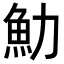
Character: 𩵓